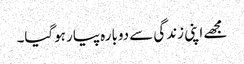
مجھے اپنی زندگی سے دوبارہ پیار ہوگیا۔